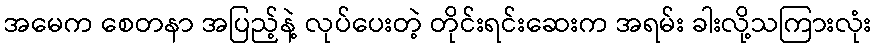
အမေက စေတနာ အပြည့်နဲ့ လုပ်ပေးတဲ့ တိုင်းရင်းဆေးက အရမ်း ခါးလို့သကြားလုံး